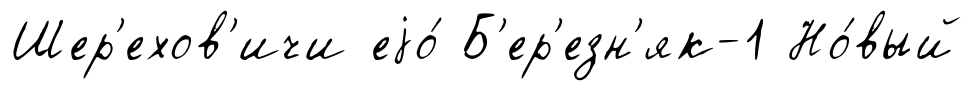
Шер'ехов'ичи еjо́ Б'ер'езн'як-1 Но́вый